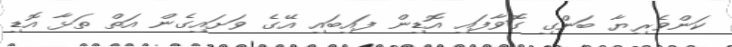
ކަންވެރިޔާ ބަންގި ގޮވާފައި އޮޑިން ފައިބައި އޭގެ ވަށައިގެން އަތް ތަޅާ އޮޑި